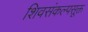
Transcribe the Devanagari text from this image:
शिवसंकल्पसूक्त